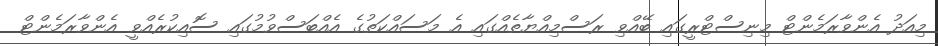
މިއަދު އެންވާރަމެންޓް މިނިސްޓްރީގައި ބޭއްވި ރަސްމިއްޔާތެއްގައި އެ މަސައްކަތުގެ އެއްބަސްވުމުގައި ސޮއިކުރެއްވީ އެންވާރަމެންޓް